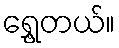
ရွှေ့တယ်။